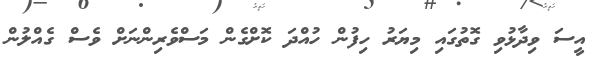
އީސަ ވިދާޅުވި ގޮތުގައި މިޔަރު ހިފުން ހުއްދަ ކޮށްގެން މަސްވެރިންނަށް ވެސް ގެއްލުން